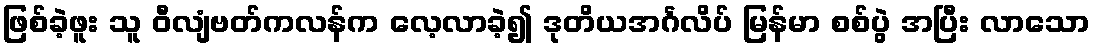
ဖြစ်ခဲ့ဖူး သူ ဝီလျံဗတ်ကလန်က လေ့လာခဲ့၍ ဒုတိယအင်္ဂလိပ် မြန်မာ စစ်ပွဲ အပြီး လာသော